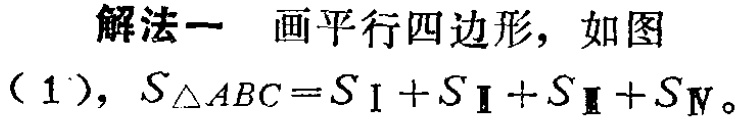
解法一 画平行四边形，如图

（1），\(S_{\triangle ABC}=S_{Ⅰ}+S_{Ⅱ}+S_{Ⅲ}+S_{Ⅳ}\)。